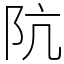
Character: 阬